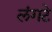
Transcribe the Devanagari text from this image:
लंगटे